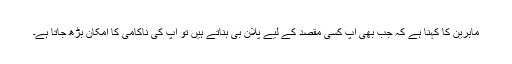
ماہرین کا کہنا ہے کہ جب بھی آپ کسی مقصد کے لیے پلان بی بناتے ہیں تو آپ کی ناکامی کا امکان بڑھ جاتا ہے۔